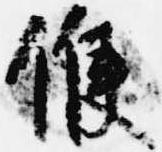
候